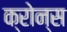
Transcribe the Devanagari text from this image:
क्रोन्स